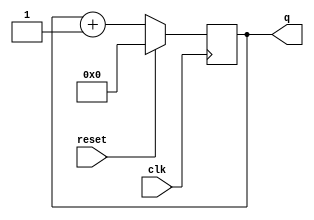
module top_module(
    input clk,
    input reset,      // Synchronous active-high reset
    output [3:0] q
);

    always@(posedge clk)
        begin
            if(reset)
                q<=0;
            else
                q<=q+1;
        end
		
endmodule